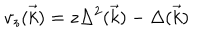
v _ { z } ( \vec { k } ) = z \Delta ^ { 2 } ( \vec { k } ) - \Delta ( \vec { k } )